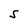
Character: S